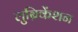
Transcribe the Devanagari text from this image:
लुब्रिकेंशन